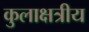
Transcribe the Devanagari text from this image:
कुलाक्षत्रीय